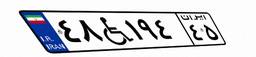
۴۸W۱۹۴۴۵